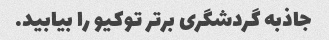
جاذبه گردشگری برتر توکیو را بیابید.